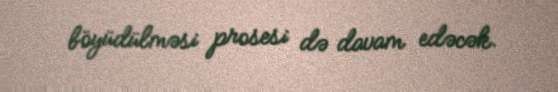
böyüdülməsi prosesi də davam edəcək.